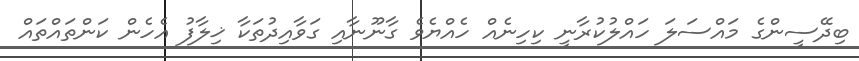
ބިދޭސީންގެ މައްސަލަ ހައްލުކުރާނީ ކިހިނެއް ހެއްޔެވެ ގާނޫނާއި ގަވާއިދުތަކާ ޚިލާފު އެހެން ކަންތައްތައް